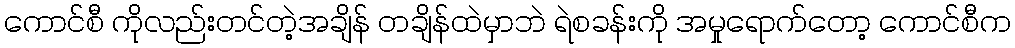
ကောင်စီ ကိုလည်းတင်တဲ့အချိန် တချိန်ထဲမှာဘဲ ရဲစခန်းကို အမှုရောက်တော့ ကောင်စီက